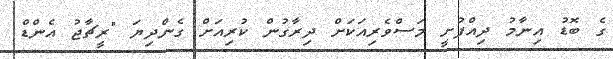
ގެ ބޮޑު އިނާމު ދިއްފުށީ މަސްވެރިއަކަށް ދިރާގުން ކުރިއަށް ގެންދިޔަ "ރީޗާޖު އެންޑް